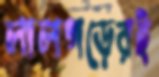
লালগড়েরই